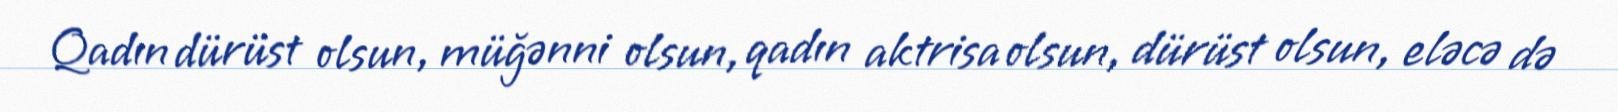
Qadın dürüst olsun, müğənni olsun, qadın aktrisa olsun, dürüst olsun, eləcə də